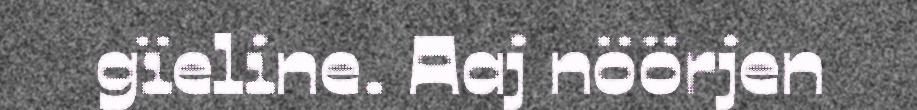
gïeline. Aaj nöörjen